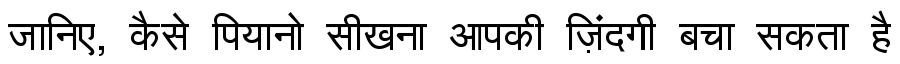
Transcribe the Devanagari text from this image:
जानिए, कैसे पियानो सीखना आपकी ज़िंदगी बचा सकता है